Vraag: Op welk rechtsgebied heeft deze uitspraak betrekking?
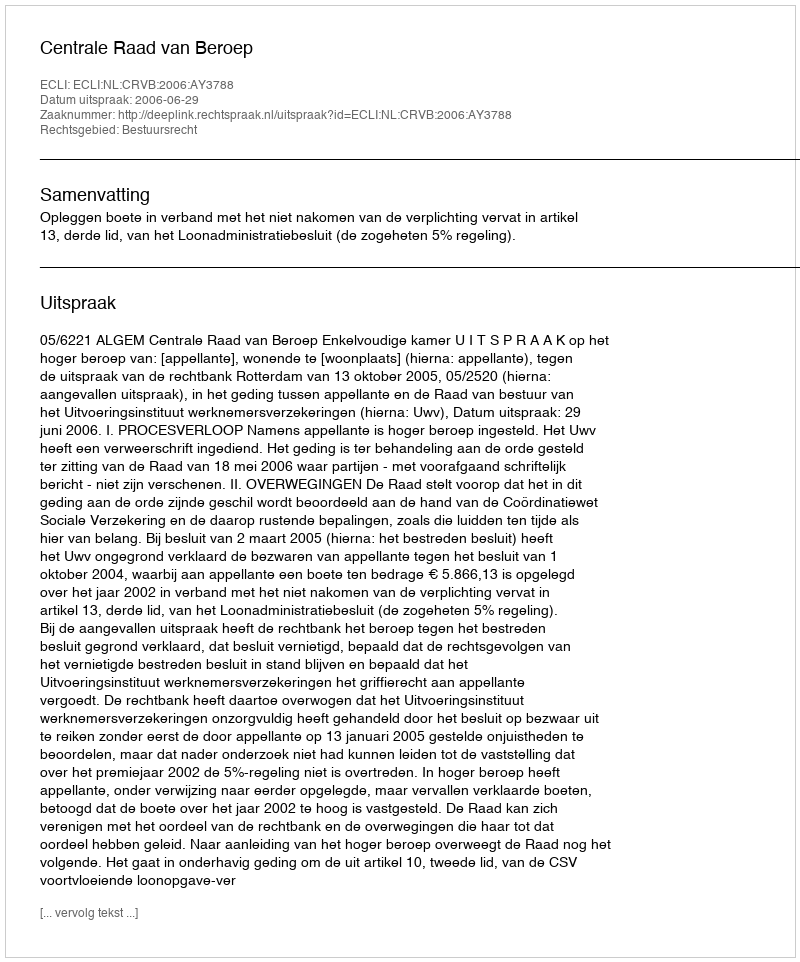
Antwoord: Bestuursrecht